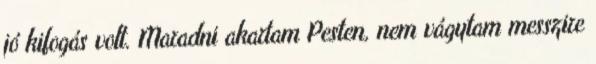
jó kifogás volt. Maradni akartam Pesten, nem vágytam messzire